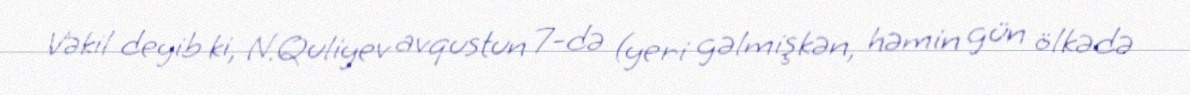
Vəkil deyib ki, N.Quliyev avqustun 7-də (yeri gəlmişkən, həmin gün ölkədə